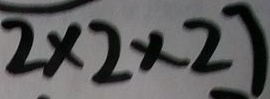
2 \times 2 \times 2 ]